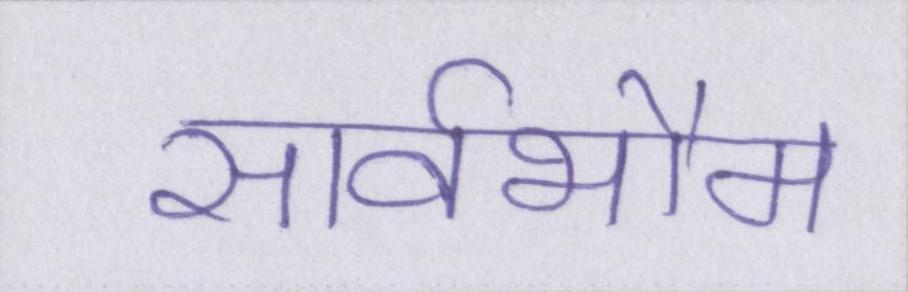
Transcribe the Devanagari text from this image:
सार्वभौम